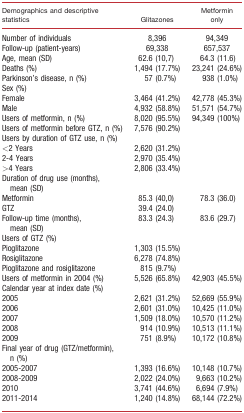
<table><thead><tr><td><b>Demographics and descriptive statistics</b></td><td><b>Glitazones</b></td><td><b>Metformin only</b></td></tr></thead><tbody><tr><td>Number of individuals</td><td>8,396</td><td>94,349</td></tr><tr><td>Follow‐up (patient‐years)</td><td>69,338</td><td>657,537</td></tr><tr><td>Age, mean (SD)</td><td>62.6 (10,7)</td><td>64.3 (11.6)</td></tr><tr><td>Deaths (%)</td><td>1,494 (17.7%)</td><td>23,241 (24.6%)</td></tr><tr><td>Parkinson&#x27;s disease, n (%)</td><td>57 (0.7%)</td><td>938 (1.0%)</td></tr><tr><td>Sex (%)</td><td></td><td></td></tr><tr><td>Female</td><td>3,464 (41.2%)</td><td>42,778 (45.3%)</td></tr><tr><td>Male</td><td>4,932 (58.8%)</td><td>51,571 (54.7%)</td></tr><tr><td>Users of metformin, n (%)</td><td>8,020 (95.5%)</td><td>94,349 (100%)</td></tr><tr><td>Users of metformin before GTZ, n (%)</td><td>7,576 (90.2%)</td><td></td></tr><tr><td>Users by duration of GTZ use, n (%)</td><td></td><td></td></tr><tr><td>&lt;2 Years</td><td>2,620 (31.2%)</td><td></td></tr><tr><td>2‐4 Years</td><td>2,970 (35.4%)</td><td></td></tr><tr><td>&gt;4 Years</td><td>2,806 (33.4%)</td><td></td></tr><tr><td>Duration of drug use (months), mean (SD)</td><td></td><td></td></tr><tr><td>Metformin</td><td>85.3 (40,0)</td><td>78.3 (36.0)</td></tr><tr><td>GTZ</td><td>39.4 (24.0)</td><td></td></tr><tr><td>Follow‐up time (months), mean (SD)</td><td>83.3 (24.3)</td><td>83.6 (29.7)</td></tr><tr><td>Users of GTZ (%)</td><td></td><td></td></tr><tr><td>Pioglitazone</td><td>1,303 (15.5%)</td><td></td></tr><tr><td>Rosiglitazone</td><td>6,278 (74.8%)</td><td></td></tr><tr><td>Pioglitazone and rosiglitazone</td><td>815 (9.7%)</td><td></td></tr><tr><td>Users of metformin in 2004 (%)</td><td>5,526 (65.8%)</td><td>42,903 (45.5%)</td></tr><tr><td>Calendar year at index date (%)</td><td></td><td></td></tr><tr><td>2005</td><td>2,621 (31.2%)</td><td>52,669 (55.9%)</td></tr><tr><td>2006</td><td>2,601 (31.0%)</td><td>10,425 (11.0%)</td></tr><tr><td>2007</td><td>1,509 (18.0%)</td><td>10,570 (11.2%)</td></tr><tr><td>2008</td><td>914 (10.9%)</td><td>10,513 (11.1%)</td></tr><tr><td>2009</td><td>751 (8.9%)</td><td>10,172 (10.8%)</td></tr><tr><td>Final year of drug (GTZ/metformin), n (%)</td><td></td><td></td></tr><tr><td>2005‐2007</td><td>1,393 (16.6%)</td><td>10,148 (10.7%)</td></tr><tr><td>2008‐2009</td><td>2,022 (24.0%)</td><td>9,663 (10.2%)</td></tr><tr><td>2010</td><td>3,741 (44.6%)</td><td>6,694 (7.9%)</td></tr><tr><td>2011‐2014</td><td>1,240 (14.8%)</td><td>68,144 (72.2%)</td></tr></tbody></table>